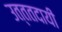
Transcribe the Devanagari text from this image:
उत्ततदायी